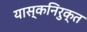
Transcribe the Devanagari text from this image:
यास्कनिरुक्त